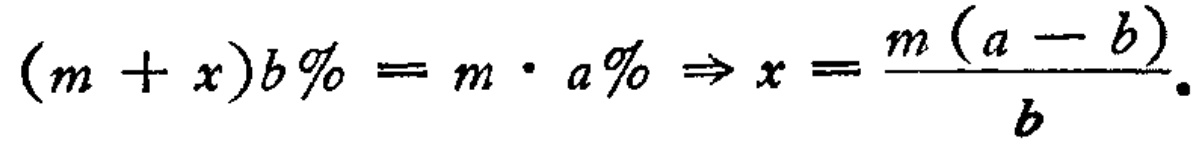
\((m + x)b\% = m\cdot a\% \Rightarrow x = \frac{m(a - b)}{b}.\)